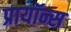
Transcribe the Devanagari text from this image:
प्रायॉन्स